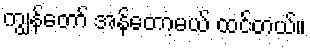
ကျွန်တော် အန်တော့မယ် ထင်တယ်။